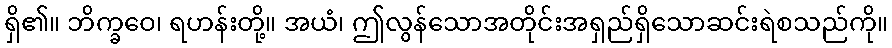
ရှိ၏။ ဘိက္ခဝေ၊ ရဟန်းတို့။ အယံ၊ ဤလွန်သောအတိုင်းအရှည်ရှိသောဆင်းရဲစသည်ကို။